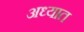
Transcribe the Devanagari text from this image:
अध्यात